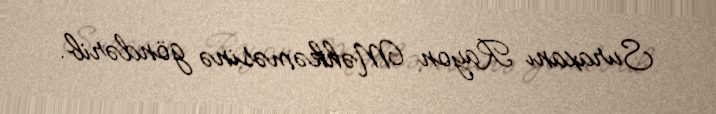
Suraxanı Rayon Məhkəməsinə göndərib.